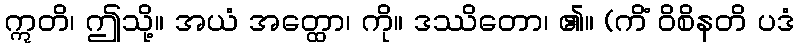
ဣတိ၊ ဤသို့။ အယံ အတ္ထော၊ ကို။ ဒဿိတော၊ ၏။ (ကိံ ဝိစိနတိ ပဒံ